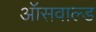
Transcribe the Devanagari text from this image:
ऑसवाल्ड